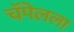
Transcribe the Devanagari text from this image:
चॅपेलला